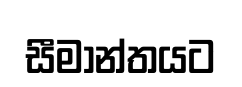
සීමාන්තයට